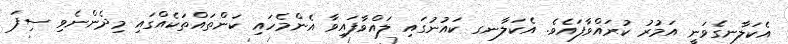
އެކަލާނގެވަނީ އަމުރު ކުރައްވާފައެވެ. އެކަލާނގ ކައުނުގައި ލައްވާފައިވާ އެންމެހައި ކަންތައްތަކެއްގައި މިދެންނެވި ސިފަ